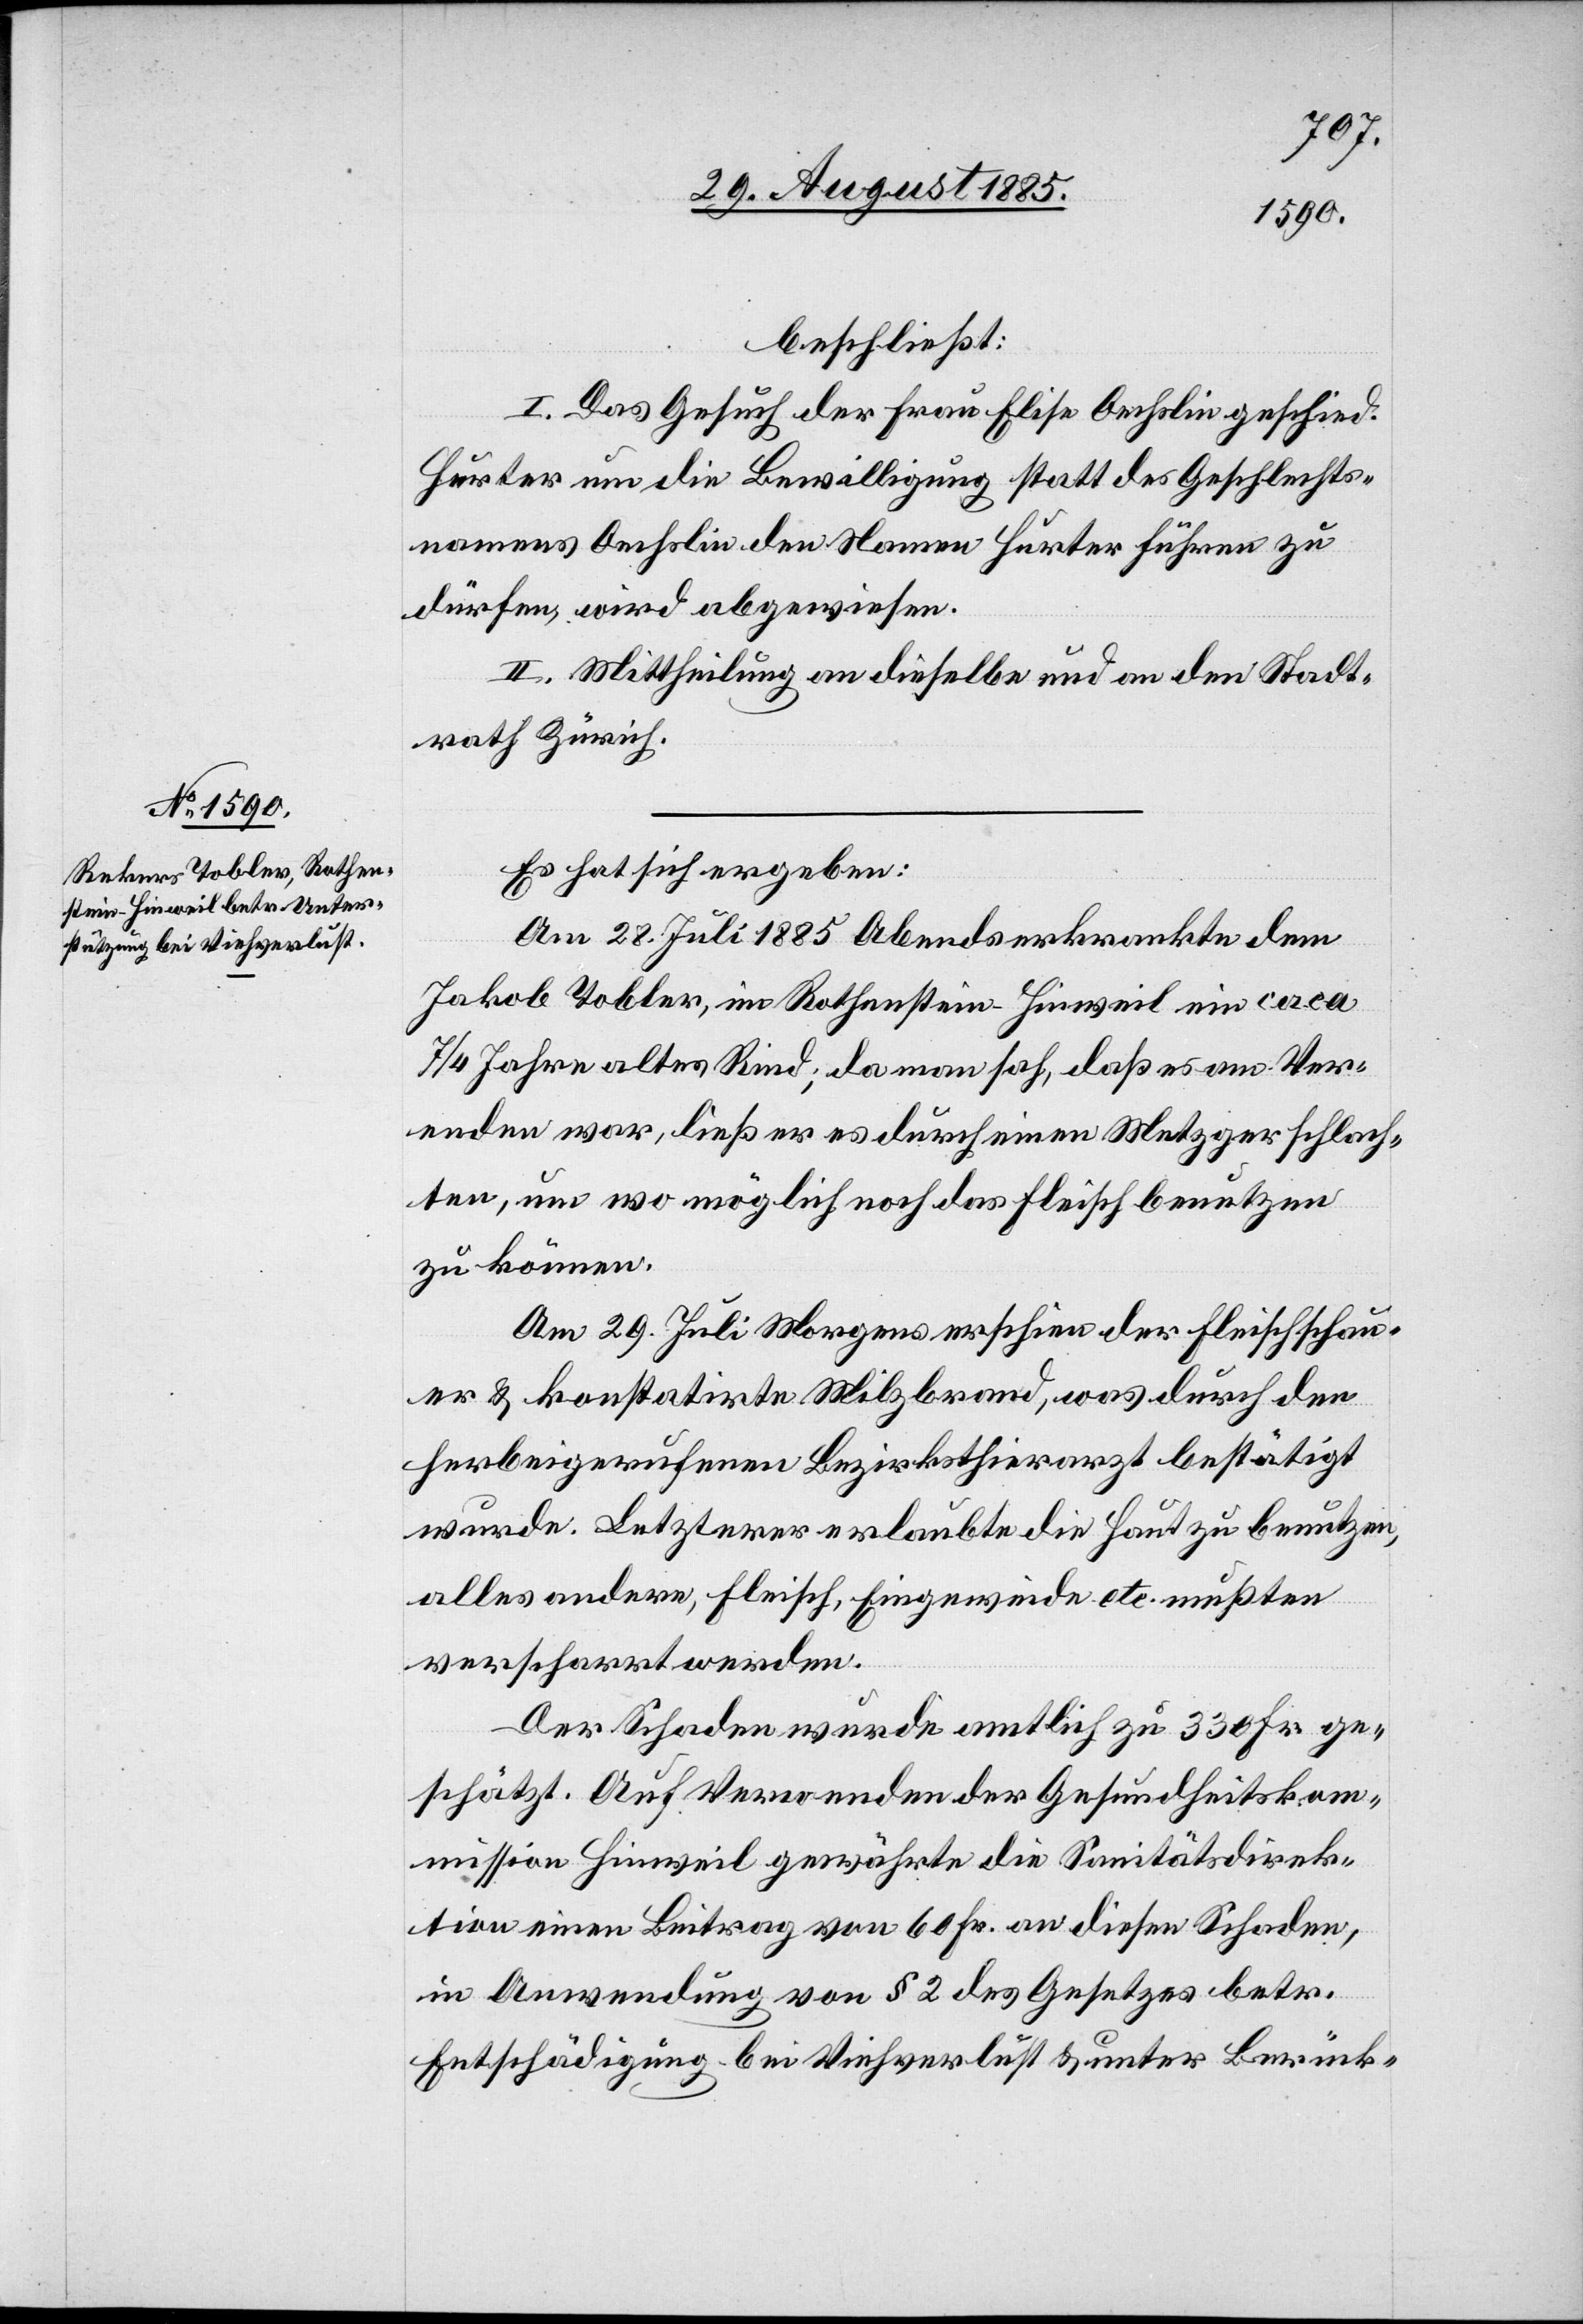
beschließt:
I. Das Gesuch der Frau Elise Oechslin geschied.
Hurter um die Bewilligung statt des Geschlechts¬
namens Oechslin den Namen Hurter führen zu
dürfen, wird abgewiesen.
II. Mittheilung an dieselbe und an den Stadt¬
rath Zürich.
Es hat sich ergeben:
Am 28. Juli 1885 Abends erkrankte dem
Jakob Tobler, im Rothenstein - Hinweil ein circa
7/4 Jahre altes Rind; da man sah, daß es am ver¬
enden war, ließ er es durch einen Metzger schlach¬
ten, um wo möglich noch das Fleisch benutzen
zu können.
Am 29. Juli Morgens erschien der Fleischschau¬
er & konstatirte Milzbrand, was durch den
herbeigerufenenen Bezirksthierarzt bestätigt
wurde. Letzterer erlaubte die Haut zu benutzen,
alles andere Fleisch, Eingeweide etc. mußten
verscharrt werden.
Der Schaden wurde amtlich zu 330 Fr. ge¬
schätzt. Auf Verwenden der Gesundheitskom¬
mission Hinweil gewährte die Sanitätsdirek¬
tion einen Beitrag von 60 Fr. an diesen Schaden,
in Anwendung von § 2 des Gesetzes betr.
Entschädigung bei Viehverlust & unter Berück-